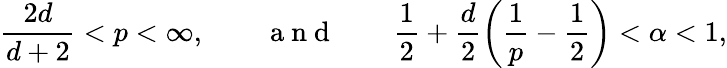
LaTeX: \frac{2d}{d+2}<p<\infty,\qquad\mathrm{~a~n~d~}\qquad\frac 12+\frac{d}{2}\left(\frac 1p-\frac 12\right)<\alpha<1,